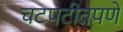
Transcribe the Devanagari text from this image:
चटपटीतपणे